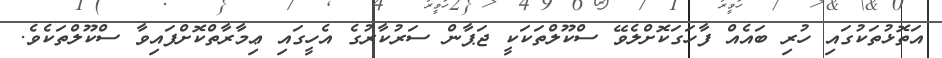
އަތޮޅުތަކުގައި ހުރި ބައެއް ފާހަގަކޮށްލެވޭ ސްކޫލްތަކަކީ ޖަޕާން ސަރުކާރުގެ އެހީގައި ޢިމާރާތްކޮށްފައިވާ ސްކޫލްތަކެވެ.